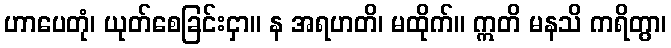
ဟာပေတုံ၊ ယုတ်စေခြင်းငှာ။ န အရဟတိ၊ မထိုက်။ ဣတိ မနသိ ကရိတွာ၊